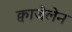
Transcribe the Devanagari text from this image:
क्वाजैलेन